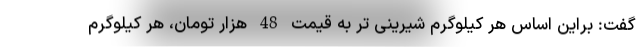
گفت: براین اساس هر کیلوگرم شیرینی تر به قیمت 48 هزار تومان، هر کیلوگرم